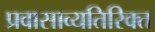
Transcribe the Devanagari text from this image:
प्रवासाव्यतिरिक्त